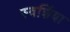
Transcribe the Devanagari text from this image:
स्वर्शिया